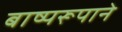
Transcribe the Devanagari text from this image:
बाष्परूपाने